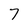
Character: 7